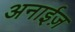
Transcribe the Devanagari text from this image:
अनाईज़